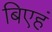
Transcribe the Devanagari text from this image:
बिएहं